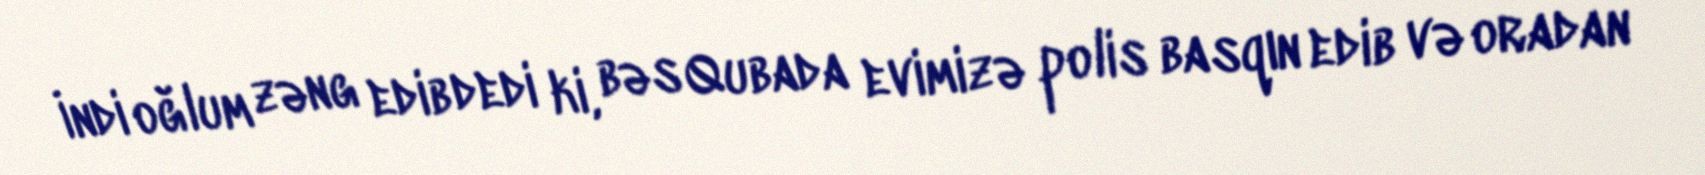
İndi oğlum zəng edib dedi ki, bəs Qubada evimizə polis basqın edib və oradan